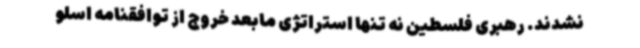
نشدند. رهبری فلسطین نه تنها استراتژی مابعد خروج از توافقنامه اسلو